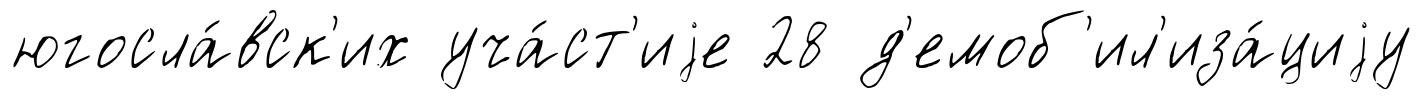
югосла́вск'их уча́ст'иjе 28 д'емоб'ил'иза́циjу